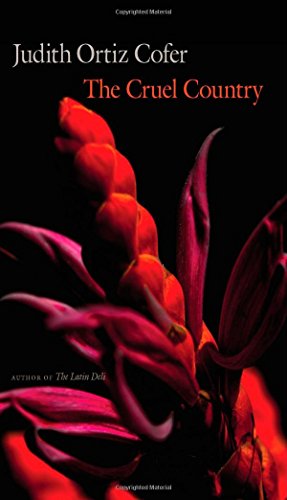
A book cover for The Cruel Country; Judith Ortiz Cofer; Biographies & Memoirs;